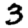
Digit: 3